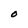
Character: o